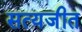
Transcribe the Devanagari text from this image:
सत्‍यजीत